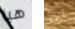
هيا أريد